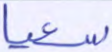
سعيا